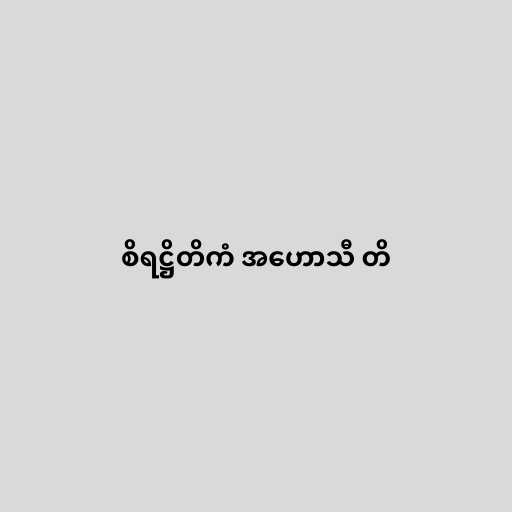
စိရဋ္ဌိတိကံ အဟောသီ တိ